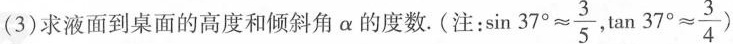
(3)求液面到桌面的高度和倾斜角α的度数.(注：$$\sin